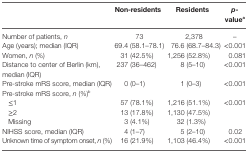
|  | Non-residents | Residents | p-valuea |
 | --- | --- | --- | --- |
 | Number of patients, n | 73 | 2,378 | – |
 | Age (years); median (IQR) | 69.4 (58.1–78.1) | 76.6 (68.7–84.3) | <0.001 |
 | Women, n (%) | 31 (42.5%) | 1,256 (52.8%) | 0.081 |
 | Distance to center of Berlin (km), median (IQR) | 237 (36–462) | 8 (5–10) | <0.001 |
 | Pre-stroke mRS score, median (IQR) | 0 (0–1) | 1 (0–3) | <0.001 |
 | Pre-stroke mRS score, n (%)b |  |  |  |
 | ≤1 | 57 (78.1%) | 1,216 (51.1%) | <ROWSPAN=3> <0.001 |
 | ≥2 | 13 (17.8%) | 1,130 (47.5%) |
 | Missing | 3 (4.1%) | 32 (1.3%) |
 | NIHSS score, median (IQR) | 4 (1–7) | 5 (2–10) | 0.02 |
 | Unknown time of symptom onset, n (%) | 16 (21.9%) | 1,103 (46.4%) | <0.001 |